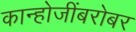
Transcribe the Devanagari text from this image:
कान्होजींबरोबर